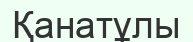
Қанатұлы